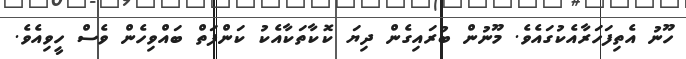
ހޫނު އެތިފަހަރާއެކުގައެވެ. މޫނުން ބުރައިގެން ދިޔަ ކޮކާތަކާއެކު ކަންފަތް ބައްވިހެން ވެސް ހީވިއެވެ.